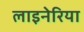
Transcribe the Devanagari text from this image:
लाइनेरिया